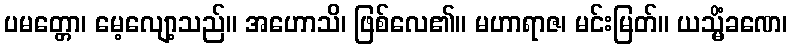
ပမတ္တော၊ မေ့လျော့သည်။ အဟောသိ၊ ဖြစ်လေ၏။ မဟာရာဇ၊ မင်းမြတ်။ ယသ္မိံခဏေ၊